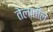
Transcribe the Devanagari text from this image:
तेलातील